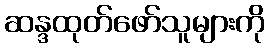
ဆန္ဒထုတ်ဖော်သူများကို